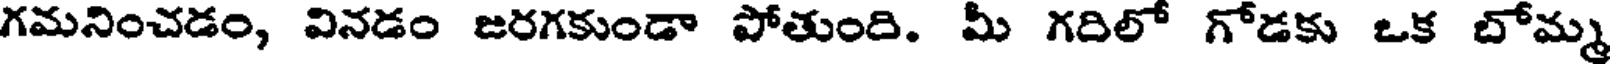
గమనించడం, వినడం జరగకుండా పోతుంది. మీ గదిలో గోడకు ఒక బోమ్మ